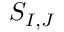
S _ { I , J }